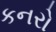
કનરો